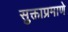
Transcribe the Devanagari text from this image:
सुक्ताप्रमाणे